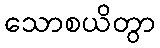
သောစယိတွာ